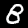
Digit: 8